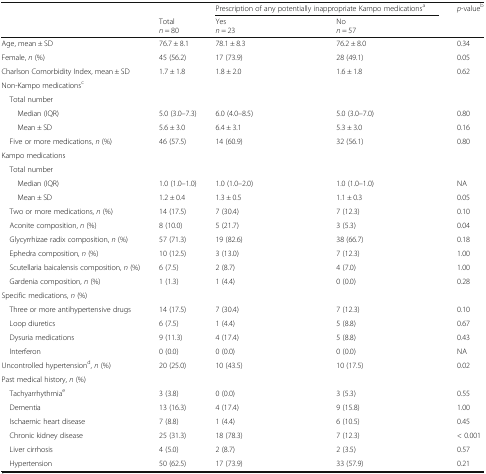
<table><thead><tr><td rowspan="2"></td><td></td><td colspan="2"><b>Prescription of any potentially inappropriate Kampo medications<sup>a</sup></b></td><td rowspan="2"><b><i>p</i>-value<sup>b</sup></b></td></tr><tr><td><b>Total<i>n</i> = 80</b></td><td><b>Yes<i>n</i> = 23</b></td><td><b>No<i>n</i> = 57</b></td></tr></thead><tbody><tr><td>Age, mean ± SD</td><td>76.7 ± 8.1</td><td>78.1 ± 8.3</td><td>76.2 ± 8.0</td><td>0.34</td></tr><tr><td>Female, <i>n</i> (%)</td><td>45 (56.2)</td><td>17 (73.9)</td><td>28 (49.1)</td><td>0.05</td></tr><tr><td>Charlson Comorbidity Index, mean ± SD</td><td>1.7 ± 1.8</td><td>1.8 ± 2.0</td><td>1.6 ± 1.8</td><td>0.62</td></tr><tr><td colspan="5">Non-Kampo medications<sup>c</sup></td></tr><tr><td colspan="5"> Total number</td></tr><tr><td>Median (IQR)</td><td>5.0 (3.0–7.3)</td><td>6.0 (4.0–8.5)</td><td>5.0 (3.0–7.0)</td><td>0.80</td></tr><tr><td>Mean ± SD</td><td>5.6 ± 3.0</td><td>6.4 ± 3.1</td><td>5.3 ± 3.0</td><td>0.16</td></tr><tr><td> Five or more medications, <i>n</i> (%)</td><td>46 (57.5)</td><td>14 (60.9)</td><td>32 (56.1)</td><td>0.80</td></tr><tr><td colspan="5">Kampo medications</td></tr><tr><td colspan="5"> Total number</td></tr><tr><td>Median (IQR)</td><td>1.0 (1.0–1.0)</td><td>1.0 (1.0–2.0)</td><td>1.0 (1.0–1.0)</td><td>NA</td></tr><tr><td>Mean ± SD</td><td>1.2 ± 0.4</td><td>1.3 ± 0.5</td><td>1.1 ± 0.3</td><td>0.05</td></tr><tr><td> Two or more medications, <i>n</i> (%)</td><td>14 (17.5)</td><td>7 (30.4)</td><td>7 (12.3)</td><td>0.10</td></tr><tr><td> Aconite composition, <i>n</i> (%)</td><td>8 (10.0)</td><td>5 (21.7)</td><td>3 (5.3)</td><td>0.04</td></tr><tr><td> Glycyrrhizae radix composition, <i>n</i> (%)</td><td>57 (71.3)</td><td>19 (82.6)</td><td>38 (66.7)</td><td>0.18</td></tr><tr><td> Ephedra composition, <i>n</i> (%)</td><td>10 (12.5)</td><td>3 (13.0)</td><td>7 (12.3)</td><td>1.00</td></tr><tr><td> Scutellaria baicalensis composition, <i>n</i> (%)</td><td>6 (7.5)</td><td>2 (8.7)</td><td>4 (7.0)</td><td>1.00</td></tr><tr><td> Gardenia composition, <i>n</i> (%)</td><td>1 (1.3)</td><td>1 (4.4)</td><td>0 (0.0)</td><td>0.28</td></tr><tr><td colspan="5">Specific medications, <i>n</i> (%)</td></tr><tr><td> Three or more antihypertensive drugs</td><td>14 (17.5)</td><td>7 (30.4)</td><td>7 (12.3)</td><td>0.10</td></tr><tr><td> Loop diuretics</td><td>6 (7.5)</td><td>1 (4.4)</td><td>5 (8.8)</td><td>0.67</td></tr><tr><td> Dysuria medications</td><td>9 (11.3)</td><td>4 (17.4)</td><td>5 (8.8)</td><td>0.43</td></tr><tr><td> Interferon</td><td>0 (0.0)</td><td>0 (0.0)</td><td>0 (0.0)</td><td>NA</td></tr><tr><td>Uncontrolled hypertension<sup>d</sup>, <i>n</i> (%)</td><td>20 (25.0)</td><td>10 (43.5)</td><td>10 (17.5)</td><td>0.02</td></tr><tr><td colspan="5">Past medical history, <i>n</i> (%)</td></tr><tr><td> Tachyarrhythmia<sup>e</sup></td><td>3 (3.8)</td><td>0 (0.0)</td><td>3 (5.3)</td><td>0.55</td></tr><tr><td> Dementia</td><td>13 (16.3)</td><td>4 (17.4)</td><td>9 (15.8)</td><td>1.00</td></tr><tr><td> Ischaemic heart disease</td><td>7 (8.8)</td><td>1 (4.4)</td><td>6 (10.5)</td><td>0.45</td></tr><tr><td> Chronic kidney disease</td><td>25 (31.3)</td><td>18 (78.3)</td><td>7 (12.3)</td><td>&lt; 0.001</td></tr><tr><td> Liver cirrhosis</td><td>4 (5.0)</td><td>2 (8.7)</td><td>2 (3.5)</td><td>0.57</td></tr><tr><td> Hypertension</td><td>50 (62.5)</td><td>17 (73.9)</td><td>33 (57.9)</td><td>0.21</td></tr></tbody></table>